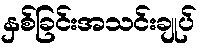
နှစ်ခြင်းအသင်းချုပ်